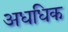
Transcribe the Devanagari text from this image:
अधधिक